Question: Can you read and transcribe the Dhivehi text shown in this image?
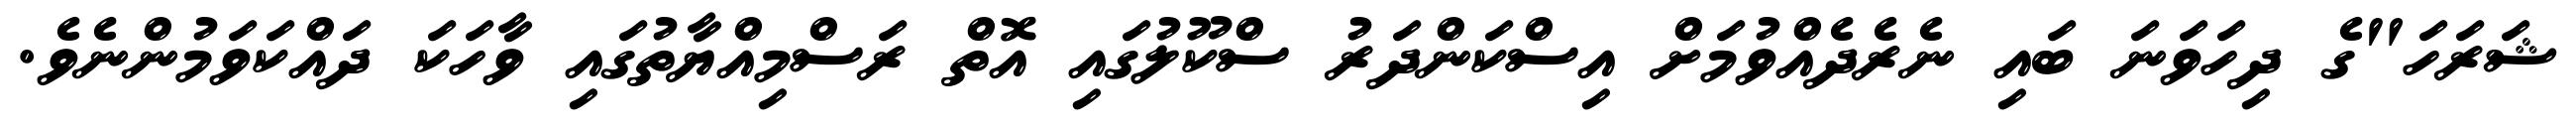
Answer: ޝަރަހަ"ގެ ދިހަވަނަ ބައި ނެރެދެއްވުމަށް އިސްކަންދަރު ސްކޫލުގައި އޮތް ރަސްމިއްޔާތުގައި ވާހަކަ ދައްކަވަމުންނެވެ.